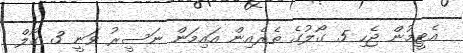
އެޓީމުން ޖެހި 5 ގޯލުގެ ތެރެއިން އައިމަން ނަސީރު ވަނީ 3 ގޯލް